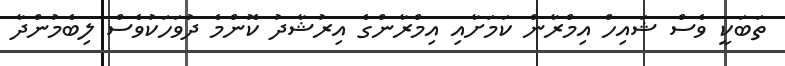
ތަބަކީ ވެސް ޝައިހް އިމްރާން ކަމަށާއި އިމްރާންގެ އިރުޝާދު ކޮންމެ ދުވަހަކުވެސް ލިބެމުންދާ